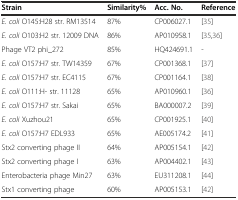
<table><thead><tr><td><b>Strain</b></td><td><b>Similarity%</b></td><td><b>Acc. No.</b></td><td><b>Reference</b></td></tr></thead><tbody><tr><td><i>E. coli</i> O145:H28 str. RM13514</td><td>87%</td><td>CP006027.1</td><td>[35]</td></tr><tr><td><i>E. coli</i> O103:H2 str. 12009 DNA</td><td>86%</td><td>AP010958.1</td><td>[35, 36]</td></tr><tr><td>Phage VT2 phi_272</td><td>85%</td><td>HQ424691.1</td><td>-</td></tr><tr><td><i>E. coli</i> O157:H7 str. TW14359</td><td>67%</td><td>CP001368.1</td><td>[37]</td></tr><tr><td><i>E. coli</i> O157:H7 str. EC4115</td><td>67%</td><td>CP001164.1</td><td>[38]</td></tr><tr><td><i>E. coli</i> O111:H- str. 11128</td><td>65%</td><td>AP010960.1</td><td>[36]</td></tr><tr><td><i>E. coli</i> O157:H7 str. Sakai</td><td>65%</td><td>BA000007.2</td><td>[39]</td></tr><tr><td><i>E. coli</i> Xuzhou21</td><td>65%</td><td>CP001925.1</td><td>[40]</td></tr><tr><td><i>E. coli</i> O157:H7 EDL933</td><td>65%</td><td>AE005174.2</td><td>[41]</td></tr><tr><td>Stx2 converting phage II</td><td>64%</td><td>AP005154.1</td><td>[42]</td></tr><tr><td>Stx2 converting phage I</td><td>63%</td><td>AP004402.1</td><td>[43]</td></tr><tr><td>Enterobacteria phage Min27</td><td>63%</td><td>EU311208.1</td><td>[44]</td></tr><tr><td>Stx1 converting phage</td><td>60%</td><td>AP005153.1</td><td>[42]</td></tr></tbody></table>